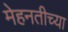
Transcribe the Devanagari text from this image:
मेहनतीच्या